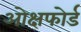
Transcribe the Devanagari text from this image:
ओक्षफोर्ड